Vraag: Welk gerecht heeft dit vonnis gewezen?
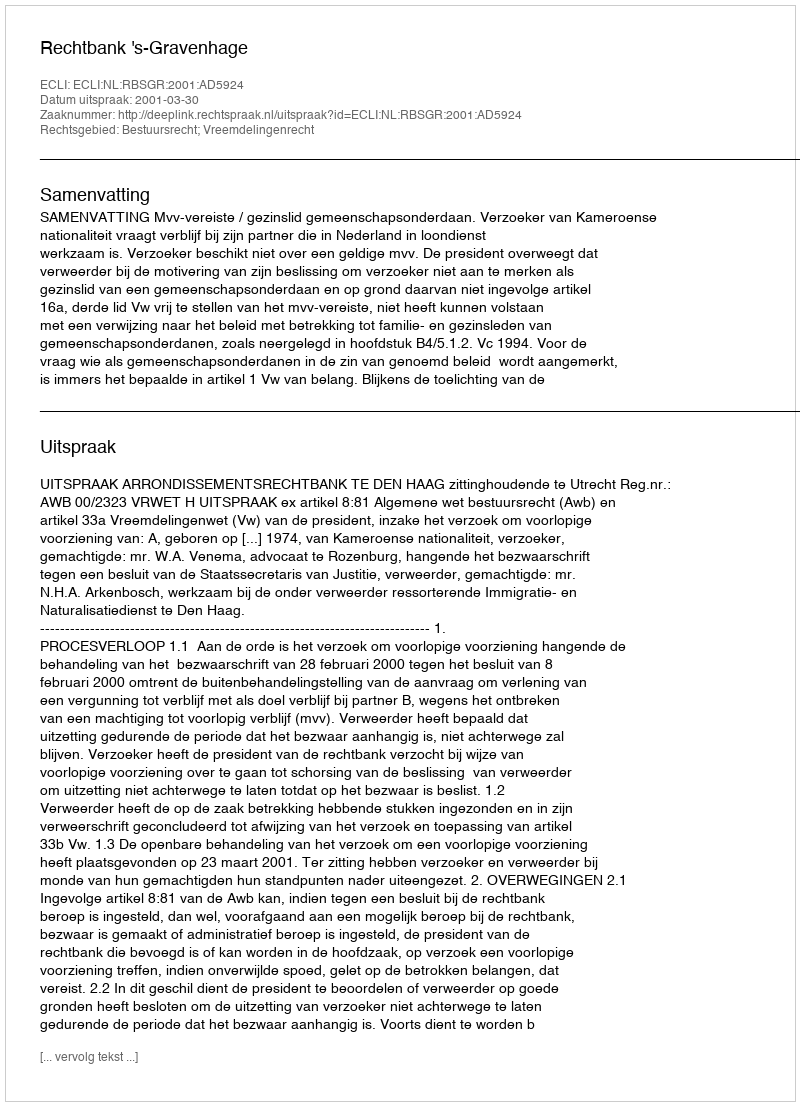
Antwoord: Rechtbank 's-Gravenhage